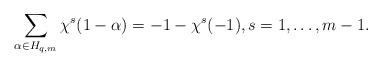
\begin{align*}\sum\limits_{\alpha\in H_{q,m}}\chi^s(1-\alpha)=-1-\chi^s(-1),s=1,\ldots,m-1.\end{align*}